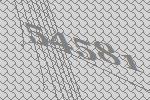
54581